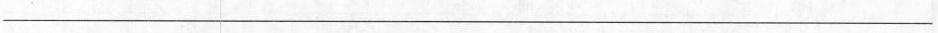
\underline